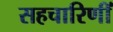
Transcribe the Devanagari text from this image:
सहचारिणीं